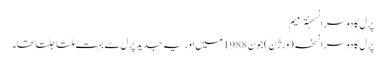
پرل کا دوسرا نسخہترمیم
پرل کا دوسرا نسخہ (ورژن) جون 1988 میں اور یہ جدید پرل سے بہت ملتا جلتا تھا۔